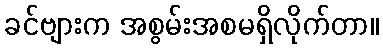
ခင်ဗျားက အစွမ်းအစမရှိလိုက်တာ။